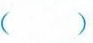
（ ）